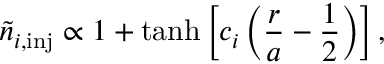
\tilde { n } _ { i , \mathrm { i n j } } \propto 1 + \operatorname { t a n h } \left[ c _ { i } \left( \frac { r } { a } - \frac { 1 } { 2 } \right) \right] ,